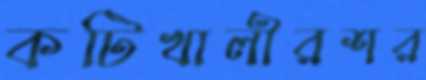
কটিখালীরশর